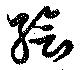
繪